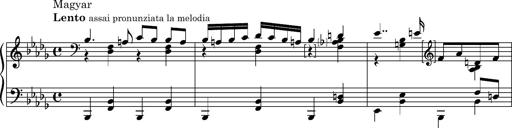
Title: 8 Album Leaves
Composer: Franz Liszt